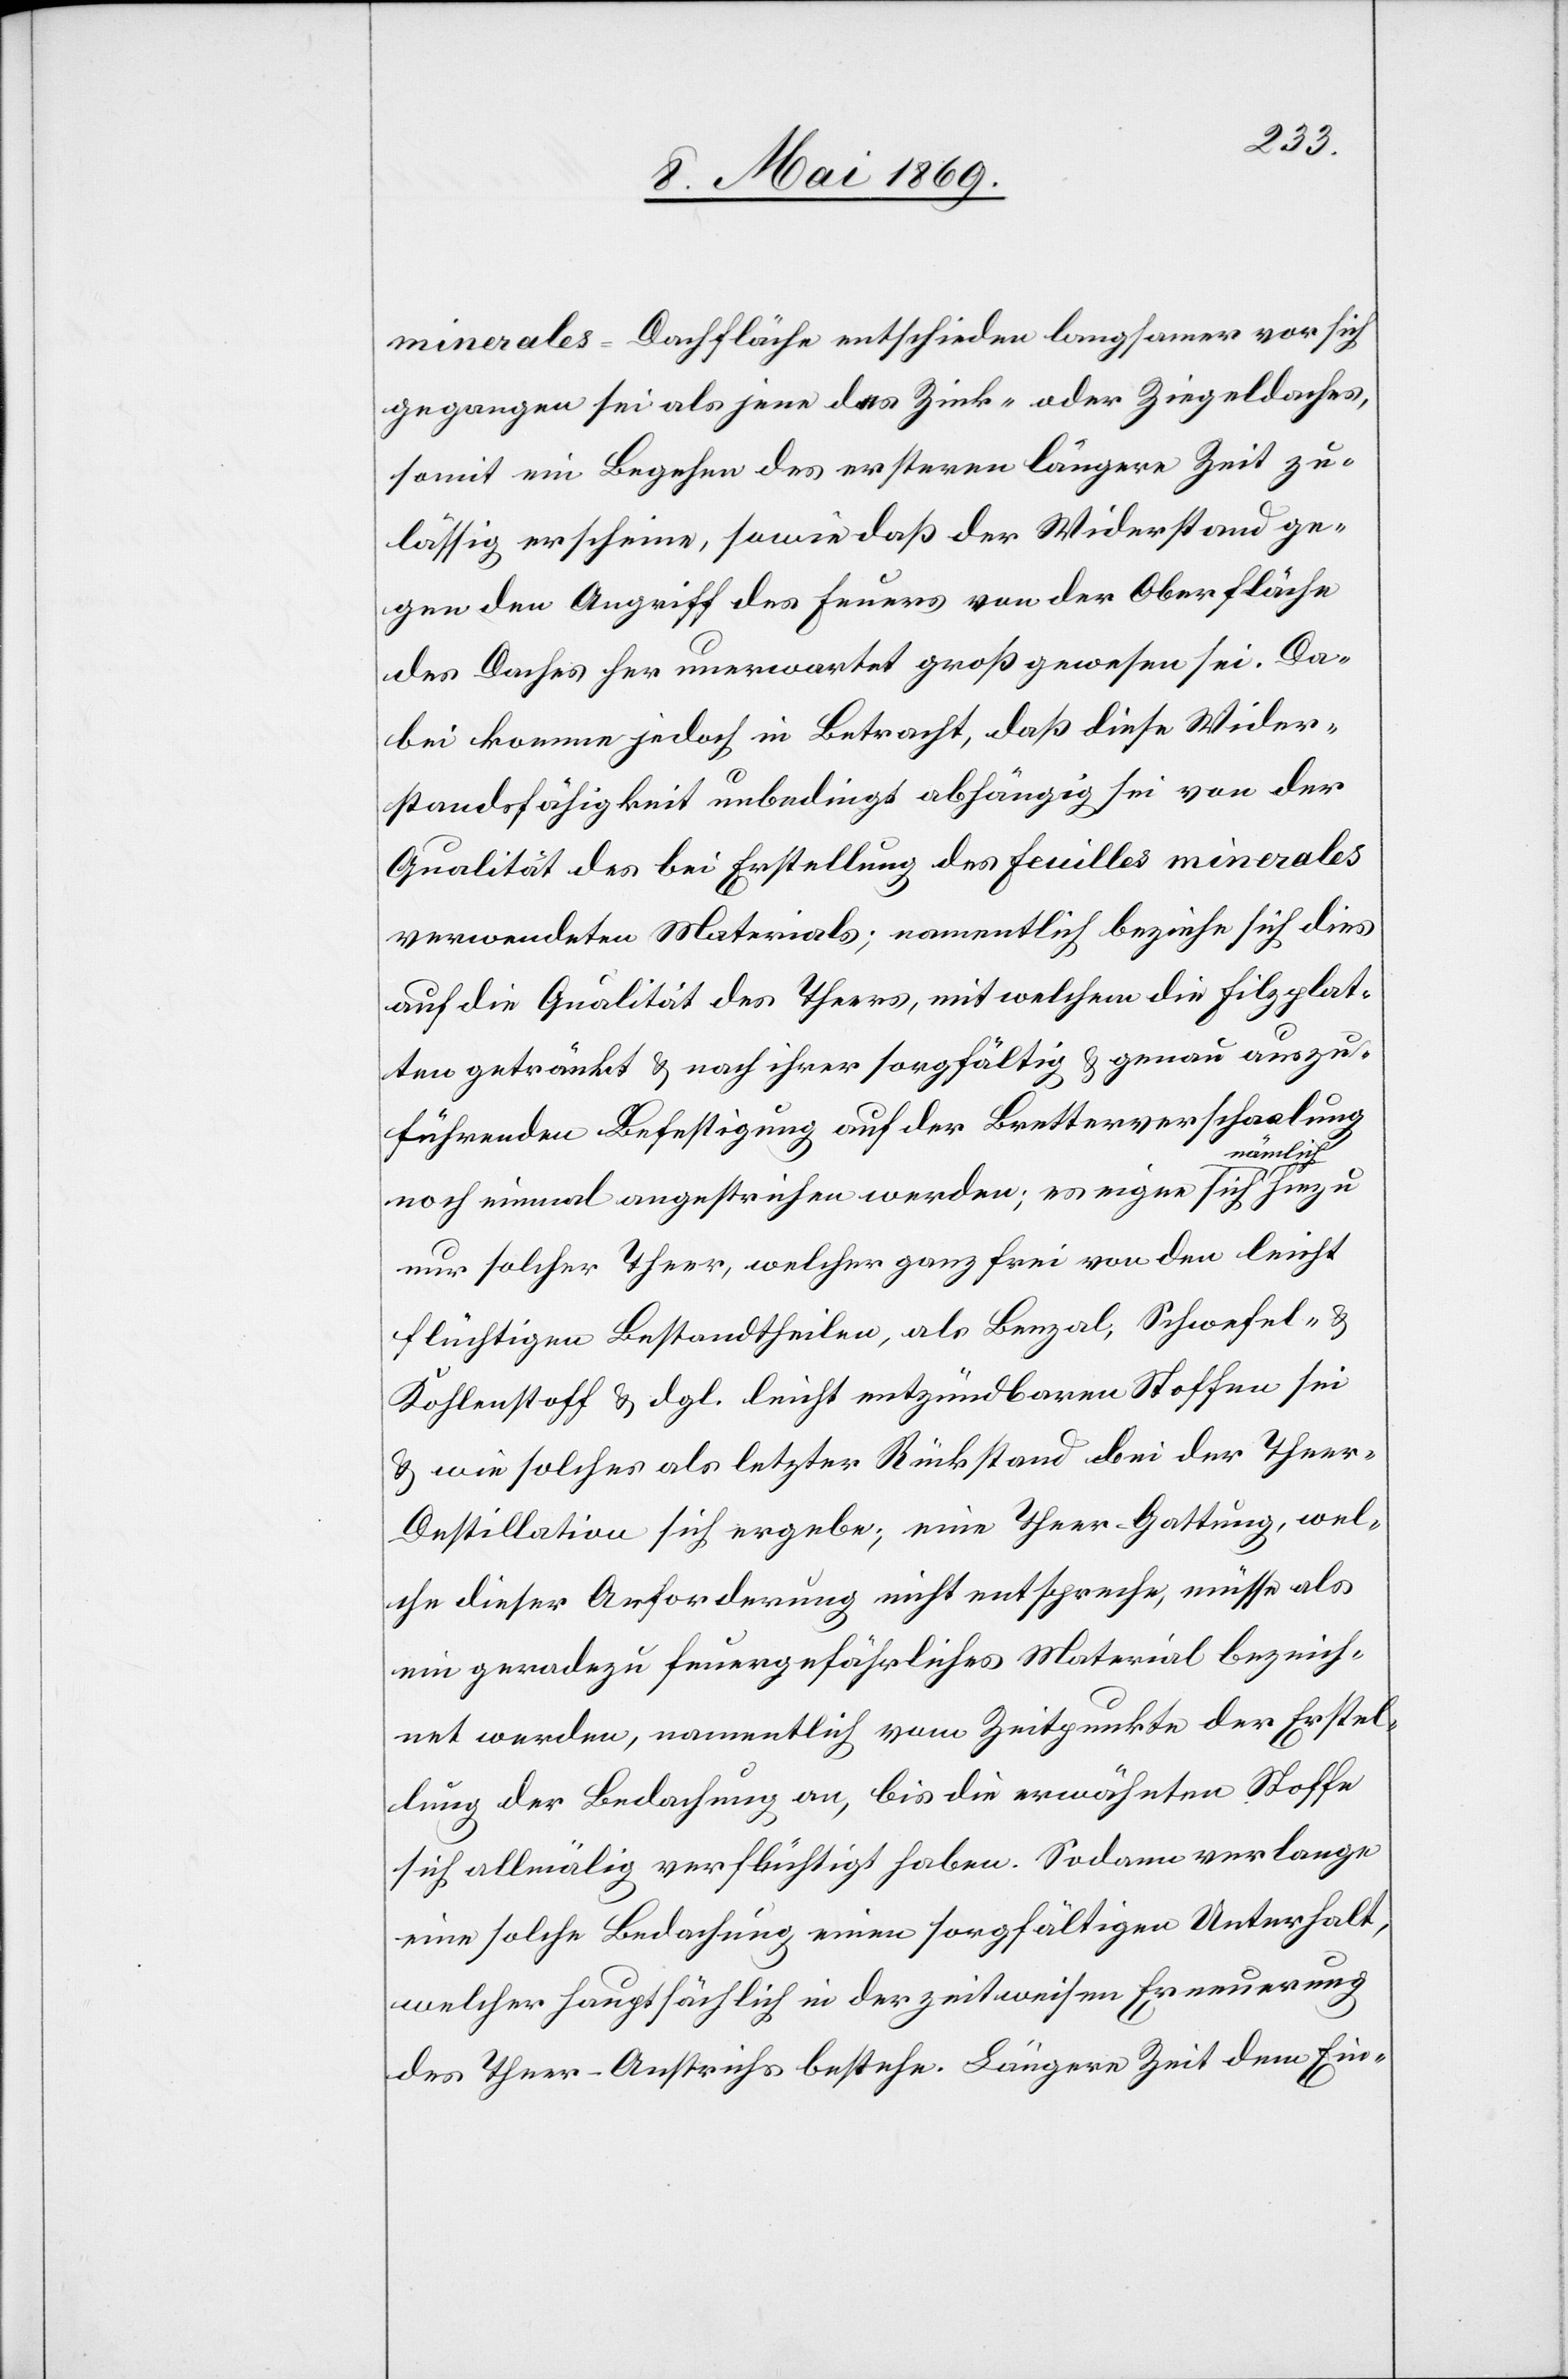
minerales = Dachfläche entschieden langsamer vor sich
gegangen sei als jene des Zink- oder Ziegeldaches,
somit ein Begehren des ersteren längere Zeit zu¬
lässig erscheine, sowie daß der Widerstand ge¬
gen den Angriff des Feuers von der Oberfläche
des Daches her unerwartet groß gewesen sei. Da¬
bei komme jedoch in Betracht, daß diese Wider¬
standsfähigkeit unbedingt abhängig sei von der
Qualität des bei Erstellung des feuilles minerales
verwendeten Materials; namentlich beziehe sich dies
auf die Qualität des Theers, mit welchem die Filzplat¬
ten getränkt u. nach ihrer sorgfältig u. genau auszu¬
führenden Befestigung auf der Brettverschaalung
ämlich
noch einmal angestrichen werden; es eigne sich n¬
nur solcher Theer, welcher ganz frei von den leicht
flüchtigen Bestandtheilen, als Benzol, Schwefel- u.
Kohlenstoff u. dgl. leicht entzündbaren Stoffen sei
u. wie solches als letzter Rückstand bei der Theer-D¬
estillation sich ergebe; eine Theer-Gattung, wel¬
che dieser Anforderung nicht entspreche, müsse als
ein geradezu feuergefährliches Material bezeich¬
net werden, namentlich vom Zeitpunkte der Erstel¬
lung der Bedachung an, bis die erwähnten Stoffe
sich allmälig verflüchtigt haben. Sodann verlange
eine solche Bedachung einen sorgfältigen Unterhalt,
welcher hauptsächlich in der zeitweisen Erneuerung
des Theer-Anstriches bestehe. Längere Zeit dem Ein-